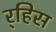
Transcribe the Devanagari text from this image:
र्‍हिस